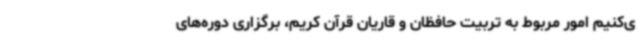
ی‌کنیم امور مربوط به تربیت حافظان و قاریان قرآن کریم، برگزاری دوره‌های